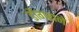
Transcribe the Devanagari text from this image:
डोंगराने